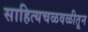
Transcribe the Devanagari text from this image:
साहित्यचळवळीतून